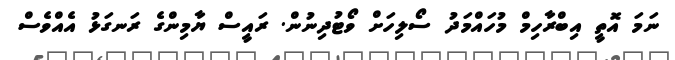
ނަމަ އޮތީ އިބްރާހިމް މުހައްމަދު ސޯލިހަށް ވޯޓުދިނުން. ރައީސް ޔާމިންގެ ރަނގަޅު އެއްވެސް